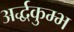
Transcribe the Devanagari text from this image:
अर्द्धकुम्भ